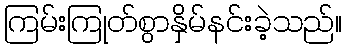
ကြမ်းကြုတ်စွာနှိမ်နင်းခဲ့သည်။